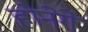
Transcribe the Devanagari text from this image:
होनेगे